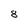
Character: 8